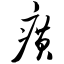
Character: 癀